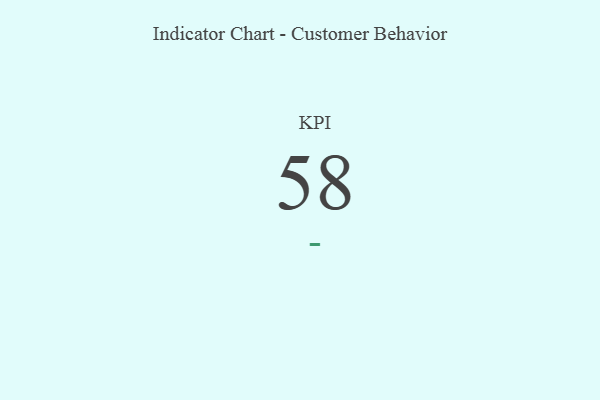
{"axis": {"x": "KPI", "y": "Value"}, "legend": [""], "data": [{"x": "KPI", "y": 58, "type": ""}]}